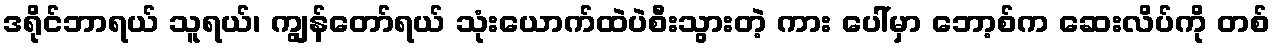
ဒရိုင်ဘာရယ် သူရယ်၊ ကျွန်တော်ရယ် သုံးယောက်ထဲပဲစီးသွားတဲ့ ကား ပေါ်မှာ ဘော့စ်က ဆေးလိပ်ကို တစ်